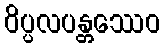
ဝိပ္ပလပန္တဿေဝ